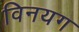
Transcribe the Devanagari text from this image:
विनयग